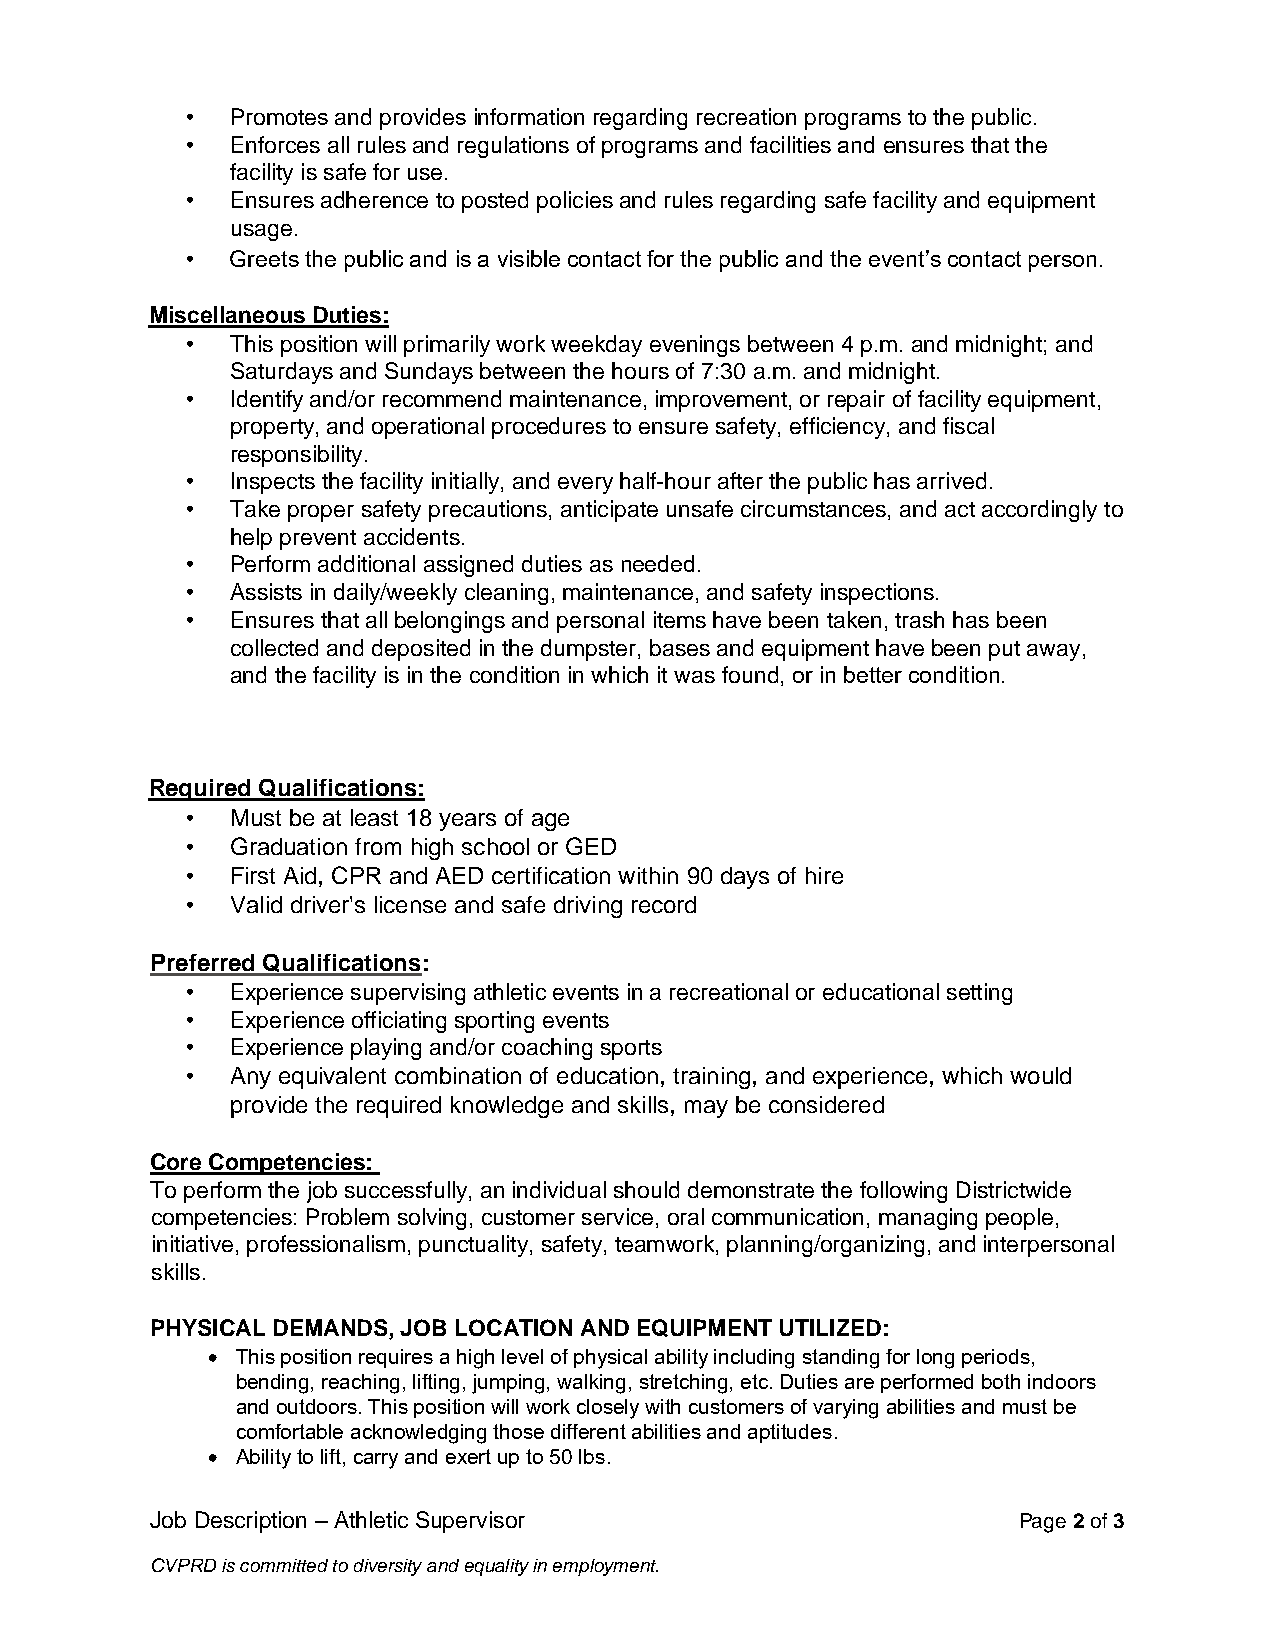
•  Promotes and provides information regarding recreation programs to the public.
 •  Enforces all rules and regulations of programs and facilities and ensures that the
 facility is safe for use.
 •  Ensures adherence to posted policies and rules regarding safe facility and equipment
 usage.
 •  Greets the public and is a visible contact for the public and the event’s contact person.
 Miscellaneous Duties:
 •  This position will primarily work weekday evenings between 4 p.m. and midnight; and
 Saturdays and Sundays between the hours of 7:30 a.m. and midnight.
 •  Identify and/or recommend maintenance, improvement, or repair of facility equipment,
 property, and operational procedures to ensure safety, efficiency, and fiscal
 responsibility.
 •  Inspects the facility initially, and every half-hour after the public has arrived.
 •  Take proper safety precautions, anticipate unsafe circumstances, and act accordingly to
 help prevent accidents.
 •  Perform additional assigned duties as needed.
 •  Assists in daily/weekly cleaning, maintenance, and safety inspections.
 •  Ensures that all belongings and personal items have been taken, trash has been
 collected and deposited in the dumpster, bases and equipment have been put away,
 and the facility is in the condition in which it was found, or in better condition.
 Required Qualifications:
 •  Must be at least 18 years of age
 •  Graduation from high school or GED
 •  First Aid, CPR and AED certification within 90 days of hire
 •  Valid driver's license and safe driving record
 Preferred Qualifications:
 •  Experience supervising athletic events in a recreational or educational setting
 •  Experience officiating sporting events
 •  Experience playing and/or coaching sports
 •  Any equivalent combination of education, training, and experience, which would
 provide the required knowledge and skills, may be considered
 Core Competencies:
 To perform the job successfully, an individual should demonstrate the following Districtwide
 competencies: Problem solving, customer service, oral communication, managing people,
 initiative, professionalism, punctuality, safety, teamwork, planning/organizing, and interpersonal
 skills.
 PHYSICAL DEMANDS, JOB LOCATION AND EQUIPMENT UTILIZED:
 • This position requires a high level of physical ability including standing for long periods,
 bending, reaching, lifting, jumping, walking, stretching, etc. Duties are performed both indoors
 and outdoors. This position will work closely with customers of varying abilities and must be
 comfortable acknowledging those different abilities and aptitudes.
 • Ability to lift, carry and exert up to 50 lbs.
 Job Description – Athletic Supervisor                    Page 2 of 3
 CVPRD is committed to diversity and equality in employment.